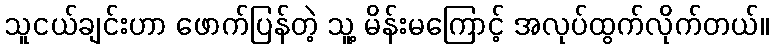
သူငယ်ချင်းဟာ ဖောက်ပြန်တဲ့ သူ့ မိန်းမကြောင့် အလုပ်ထွက်လိုက်တယ်။